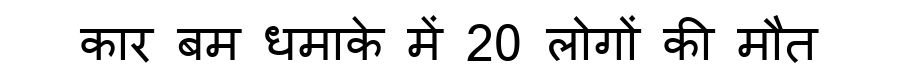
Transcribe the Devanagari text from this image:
कार बम धमाके में 20 लोगों की मौत